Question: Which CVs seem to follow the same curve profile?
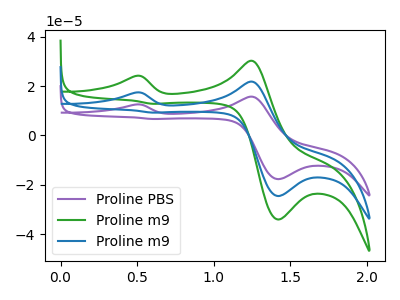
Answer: <think>The purple curve "Proline PBS" has anodic peaks at (0.50V, 12.55uA) (1.25V, 15.75uA) and cathodic peaks at (1.40V, -17.70uA) (0.60V, 6.65uA). The green curve "Proline m9" has anodic peaks at (0.50V, 34.80uA) (1.25V, 43.65uA) and cathodic peaks at (1.40V, -49.15uA) (0.60V, 18.50uA). The blue curve "Proline m9" has anodic peaks at (0.50V, 17.40uA) (1.25V, 21.80uA) and cathodic peaks at (1.40V, -24.55uA) (0.60V, 9.25uA).
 All the peaks in "Proline PBS" have a peak in "Proline m9" at the same potential. All the peaks in "Proline PBS" have a peak in "Proline m9" at the same potential. All the peaks in "Proline m9" have a peak in "Proline m9" at the same potential.</think>
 <answer>"Proline PBS", "Proline m9" and "Proline m9" have the same shape and are likely CV's of the same chemical.</answer>
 <eval>"Proline PBS" "Proline m9" "Proline m9"</eval>